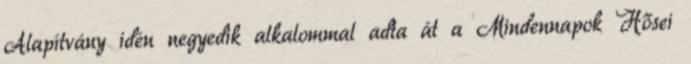
Alapítvány idén negyedik alkalommal adta át a Mindennapok Hősei